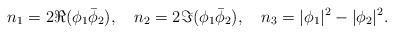
LaTeX: \begin{align*}n_1 = 2 \Re(\phi_1 \bar \phi_2), \quad n_2 = 2 \Im(\phi_1 \bar \phi_2), \quad n_3 = |\phi_1|^2 - |\phi_2|^2 . \end{align*}